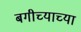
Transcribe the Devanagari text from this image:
बगीच्याच्या